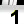
Digit: 1